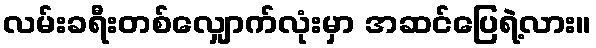
လမ်းခရီးတစ်လျှောက်လုံးမှာ အဆင်ပြေရဲ့လား။